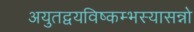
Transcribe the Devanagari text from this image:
अयुतद्वयविष्कम्भस्यासन्नो